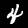
Digit: 4